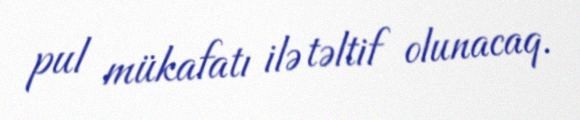
pul mükafatı ilə təltif olunacaq.